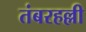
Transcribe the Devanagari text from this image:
तंबरहल्ली